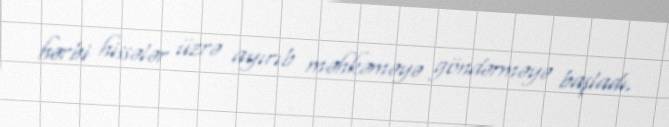
hərbi hissələr üzrə ayırıb məhkəməyə göndərməyə başladı.